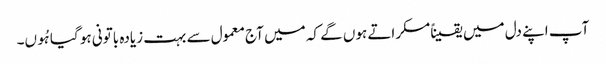
آپ اپنے دل میں یقیناًمسکراتے ہوں گے کہ میں آج معمول سے بہت زیادہ باتونی ہو گیا ہُوں۔